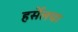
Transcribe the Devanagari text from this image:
हर्सेलचा